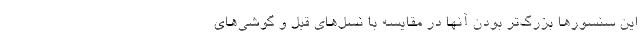
این سنسورها بزرگ‌تر بودن آنها در مقایسه با نسل‌های قبل و گوشی‌های